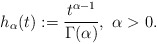
\begin{align*} h_\alpha(t):=\frac{t^{\alpha-1}}{\Gamma(\alpha)},\ \alpha >0.\end{align*}